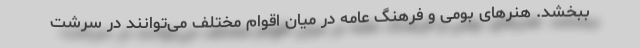
ببخشد. هنرهای بومی و فرهنگ عامه در میان اقوام مختلف می‌توانند در سرشت